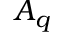
A _ { q }